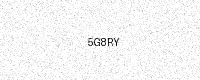
Text: 5G8RY